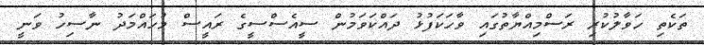
ތަކެތި ހަވާލުކުރި ރަސްމިއްޔާތުގައި ވާހަކަފުޅު ދައްކަވަމުން ސީއެސްސީގެ ރައީސް މުހައްމަދު ނާސިހު ވަނީ